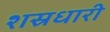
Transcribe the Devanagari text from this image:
शस्रधारी